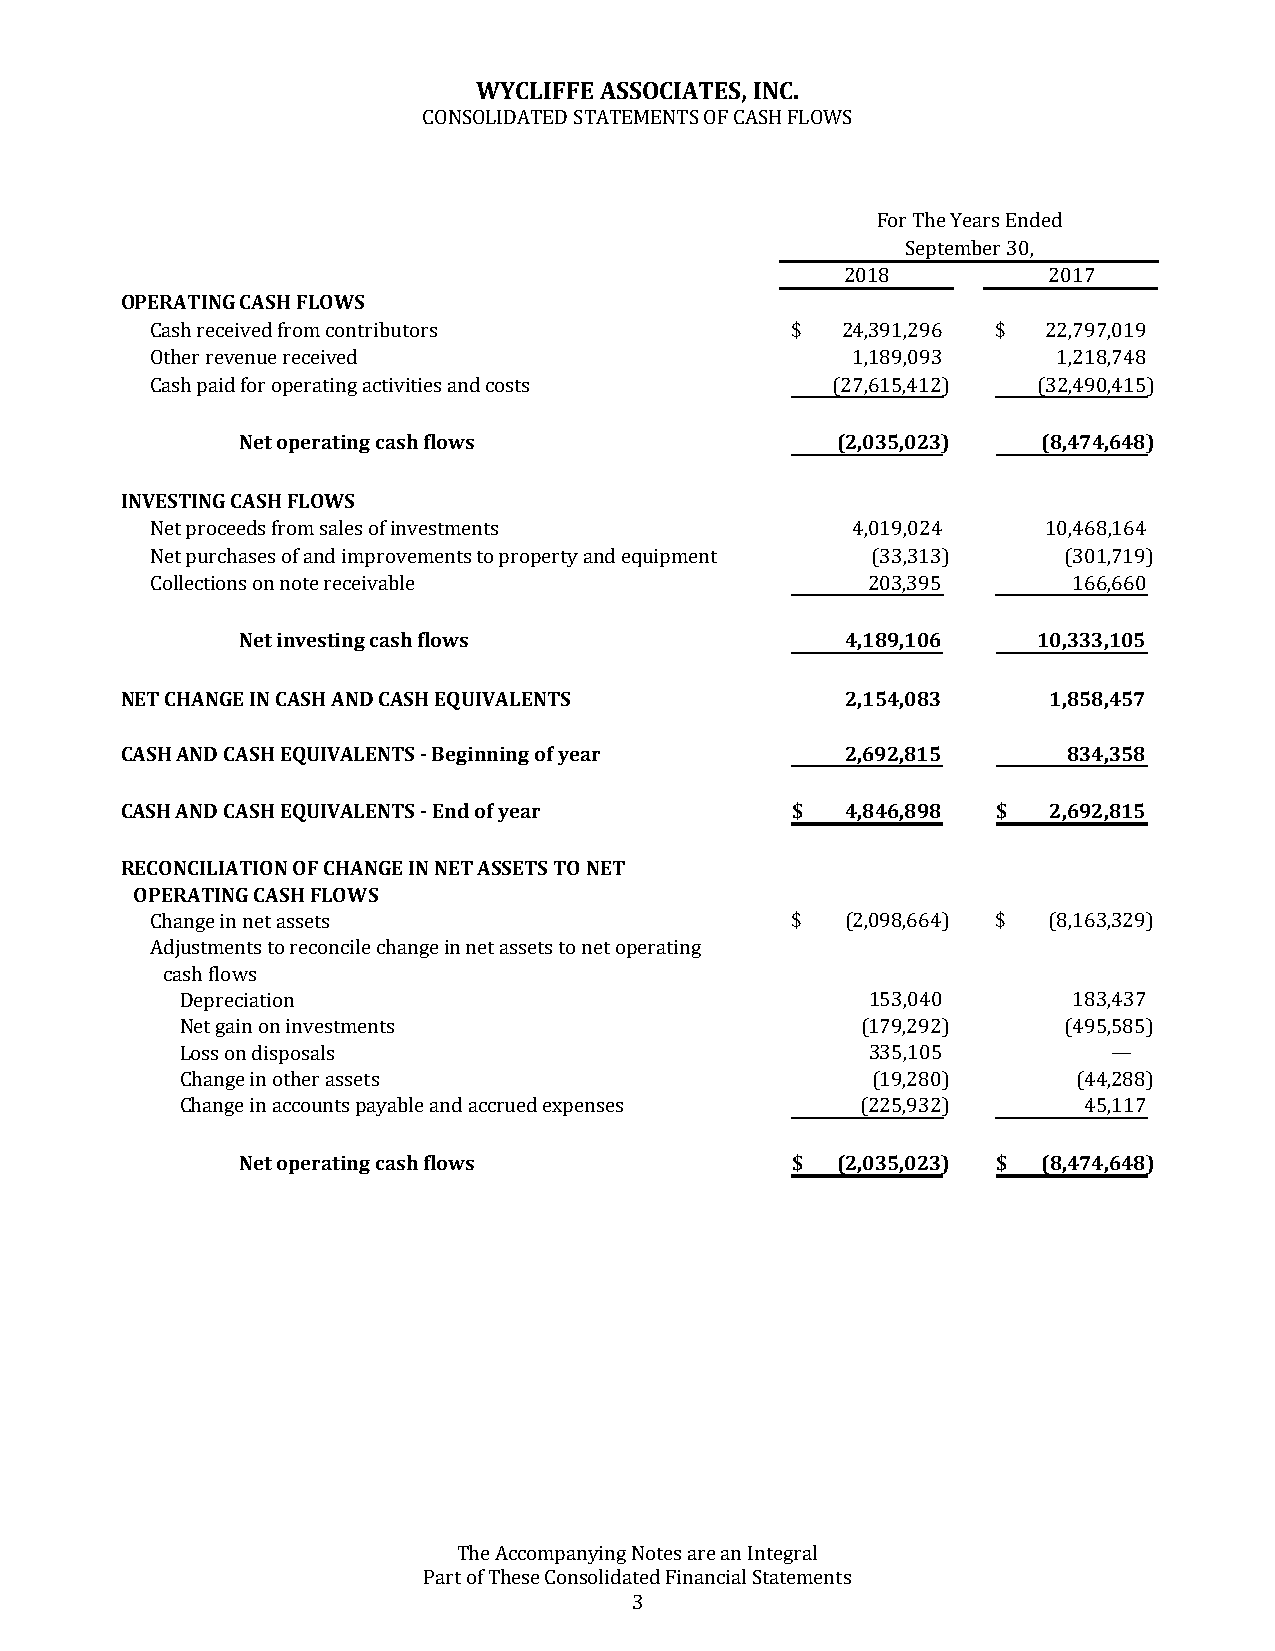
WYCLIFFE ASSOCIATES, INC.
 CONSOLIDATED STATEMENTS OF CASH FLOWS
 For The Years Ended
 September 30,
 2018         2017
 OPERATING CASH FLOWS
 Cash received from contributors           $   24,391,296 $ 22,797,019
 Other revenue received                        1,189,093     1 ,218,748
 Cash paid for operating activities and costs (27,615,412)  (32,490,415)
 Net operating cash flows               (2,035,023)   (8,474,648)
 INVESTING CASH FLOWS
 Net proceeds from sales of investments        4,019,024    1 0,468,164
 Net purchases of and improvements to property and equipment (33,313) (301,719)
 Collections on note receivable                  203,395      166,660
 Net investing cash flows                4,189,106    10,333,105
 NET CHANGE IN CASH AND CASH EQUIVALENTS         2,154,083    1,858,457
 CASH AND CASH EQUIVALENTS - Beginning of year   2,692,815      834,358
 CASH AND CASH EQUIVALENTS - End of year     $   4,846,898 $  2,692,815
 RECONCILIATION OF CHANGE IN NET ASSETS TO NET
 OPERATING CASH FLOWS
 Change in net assets                      $   (2,098,664) $ (8,163,329)
 Adjustments to reconcile change in net assets to net operating
 cash flows
 Depreciation                                  153,040      183,437
 Net gain on investments                      (179,292)     (495,585)
 Loss on disposals                             335,105         —
 Change in other assets                        (19,280)     (44,288)
 Change in accounts payable and accrued expenses (225,932)   45,117
 Net operating cash flows            $  (2,035,023) $ (8,474,648)
 The Accompanying Notes are an Integral
 Part of These Consolidated Financial Statements
 3